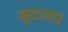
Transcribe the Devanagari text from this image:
जुटाता।